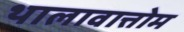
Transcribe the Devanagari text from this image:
थालावात्तोम